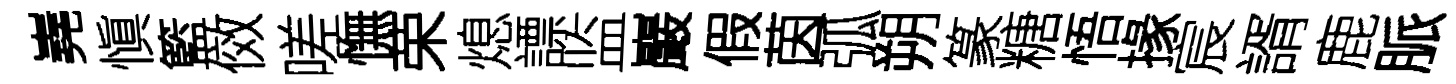
嶤愼籃傚嗟憮荣熄謤监巖假茵弧朔篆糖悟掾宸諝鹿脈